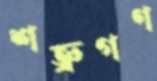
শত্রুগণ